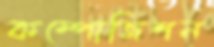
কম্পোজিশন